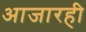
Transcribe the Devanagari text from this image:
आजारही